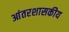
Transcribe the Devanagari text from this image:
आंतरशासकीय